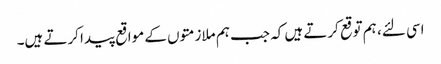
اسی لئے، ہم توقع کرتے ہیں کہ جب ہم ملازمتوں کے مواقع پیدا کرتے ہیں۔